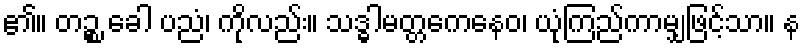
၏။ တဉ္စ ခေါ ပညံ၊ ကိုလည်း။ သဒ္ဓါမတ္တကေနေဝ၊ ယုံကြည်ကာမျှဖြင့်သာ။ န